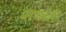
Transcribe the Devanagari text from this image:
मरणकाल